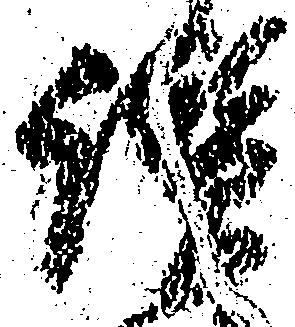
讃